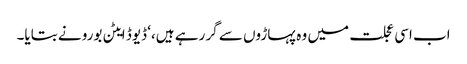
اب اسی عجلت میں وہ پہاڑوں سے گر رہے ہیں،‘ ڈیوڈ ایٹن بورو نے بتایا۔